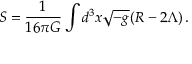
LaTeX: S = \frac { 1 } { 1 6 \pi G } \int d ^ { 3 } x \sqrt { - g } ( R - 2 \Lambda ) \, .